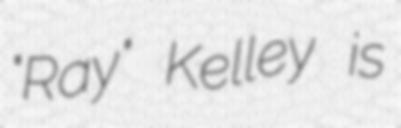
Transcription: "Ray" Kelley is